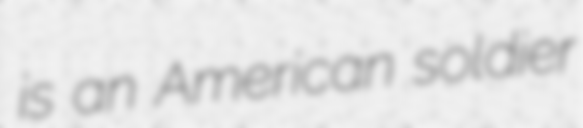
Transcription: is an American soldier